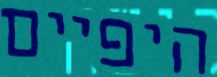
היפיים